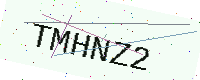
Text: TMHNZ2